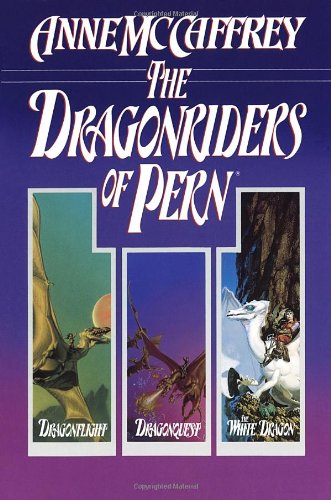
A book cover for The Dragonriders of Pern: Dragonflight, Dragonquest, and The White Dragon (Pern: The Dragonriders of Pern); Anne McCaffrey; Science Fiction & Fantasy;